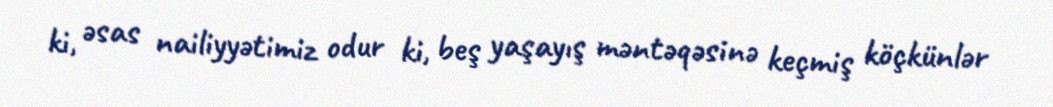
ki, əsas nailiyyətimiz odur ki, beş yaşayış məntəqəsinə keçmiş köçkünlər